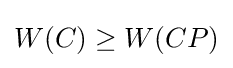
W(C)\geq W(CP)